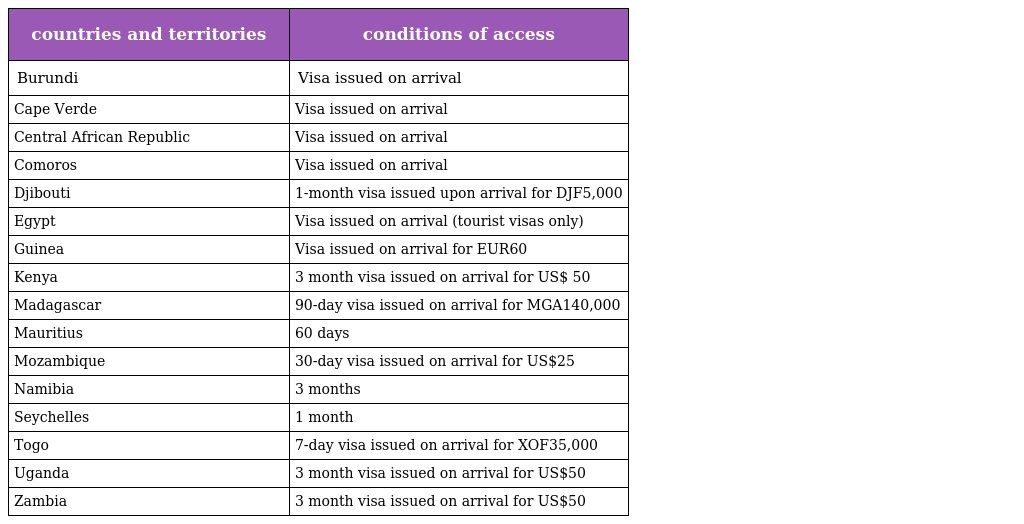
| countries and territories | conditions of access |
 | --- | --- |
 | Burundi | Visa issued on arrival |
 | Cape Verde | Visa issued on arrival |
 | Central African Republic | Visa issued on arrival |
 | Comoros | Visa issued on arrival |
 | Djibouti | 1-month visa issued upon arrival for DJF5,000 |
 | Egypt | Visa issued on arrival (tourist visas only) |
 | Guinea | Visa issued on arrival for EUR60 |
 | Kenya | 3 month visa issued on arrival for US$ 50 |
 | Madagascar | 90-day visa issued on arrival for MGA140,000 |
 | Mauritius | 60 days |
 | Mozambique | 30-day visa issued on arrival for US$25 |
 | Namibia | 3 months |
 | Seychelles | 1 month |
 | Togo | 7-day visa issued on arrival for XOF35,000 |
 | Uganda | 3 month visa issued on arrival for US$50 |
 | Zambia | 3 month visa issued on arrival for US$50 |